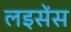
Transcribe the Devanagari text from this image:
लइसेंस